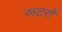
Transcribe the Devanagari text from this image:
रूटरों